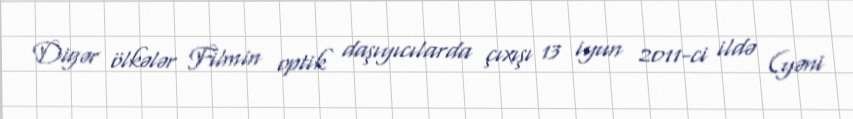
Digər ölkələr Filmin optik daşıyıcılarda çıxışı 13 iyun 2011-ci ildə (yəni